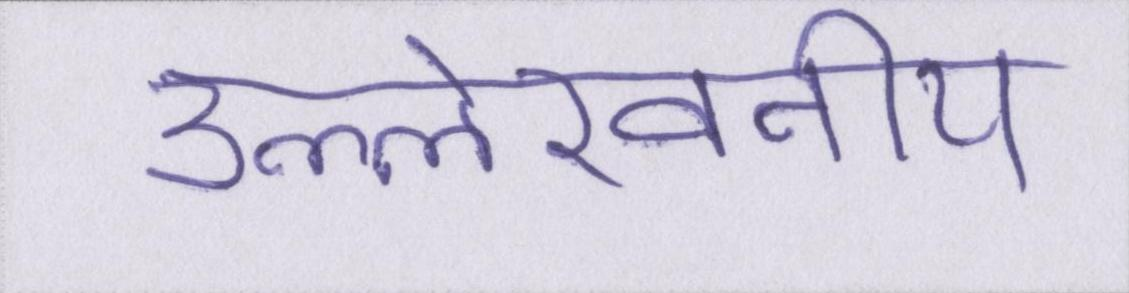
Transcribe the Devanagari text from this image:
उल्लेखनीय